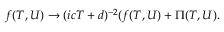
f ( T , U ) \rightarrow ( i c T + d ) ^ { - 2 } ( f ( T , U ) + { \Pi } ( T , U ) .